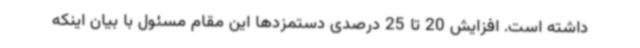
داشته است. افزایش 20 تا 25 درصدی دستمزدها این مقام مسئول با بیان اینکه